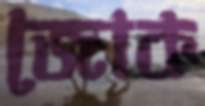
জোক